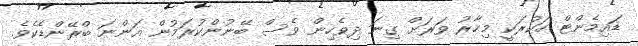
ޑައިމެންޓް ހަކުރަކީ މިހާރު ވަރަށް ގިނަ ދިވެހިން ވެސް ބޭނުންކުރަމުން އަންނަ ބްރޭންޑެކެވެ.